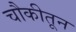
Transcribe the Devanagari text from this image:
चौकीतून